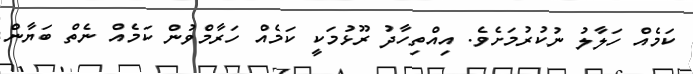
ކަމެއް ހަލާލު ނުކުރުމަށެވެ. އިއްތިހާދު ރޫޅުމަކީ ކަމެއް ހަރާމްވުން ކަމެއް ނެތް ބަޔާން